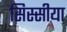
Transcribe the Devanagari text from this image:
सिस्सीया